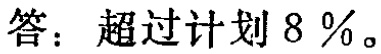
答：超过计划 \(8\%\)。